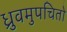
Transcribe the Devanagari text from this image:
ध्रुवमुपचितो